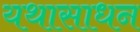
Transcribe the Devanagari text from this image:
यथासाधन